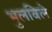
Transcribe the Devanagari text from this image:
भुलविले